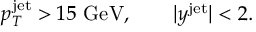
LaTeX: p _ { T } ^ { \mathrm { j e t } } > 1 5 ~ \mathrm { G e V } , \qquad | y ^ { \mathrm { j e t } } | < 2 .